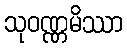
သုဝဏ္ဏမိဿာ